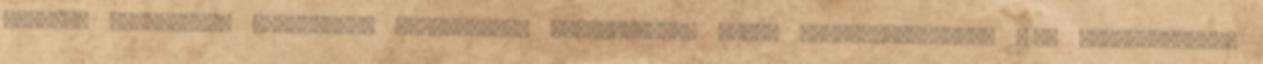
alapító okiratának módosítása megtörtént. Püspökladány Város Polgármesterétől 4150 Püspökladány,